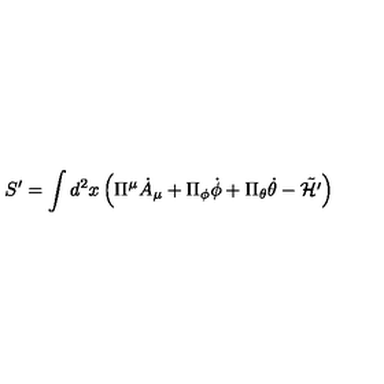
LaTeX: S ^ { \prime } = \int d ^ { 2 } x \left( \Pi ^ { \mu } { \dot { A } } _ { \mu } + \Pi _ { \phi } { \dot { \phi } } + \Pi _ { \theta } { \dot { \theta } } - \tilde { \cal H ^ { \prime } } \right)